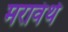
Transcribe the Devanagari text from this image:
मरावंथे